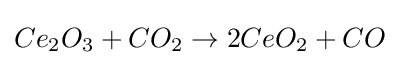
Ce_{2}O_{3}+CO_{2}\rightarrow 2CeO_{2}+CO